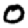
Digit: 0